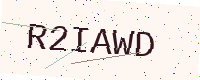
Text: R2IAWD